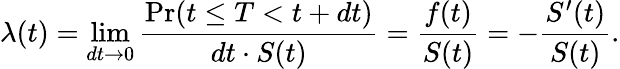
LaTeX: \lambda(t)=\operatorname*{lim}_{dt\rightarrow 0}{\frac{\operatorname*{Pr}(t\leq T<t+dt)}{dt\cdot S(t)}}={\frac{f(t)}{S(t)}}=-{\frac{S^{\prime}(t)}{S(t)}}.